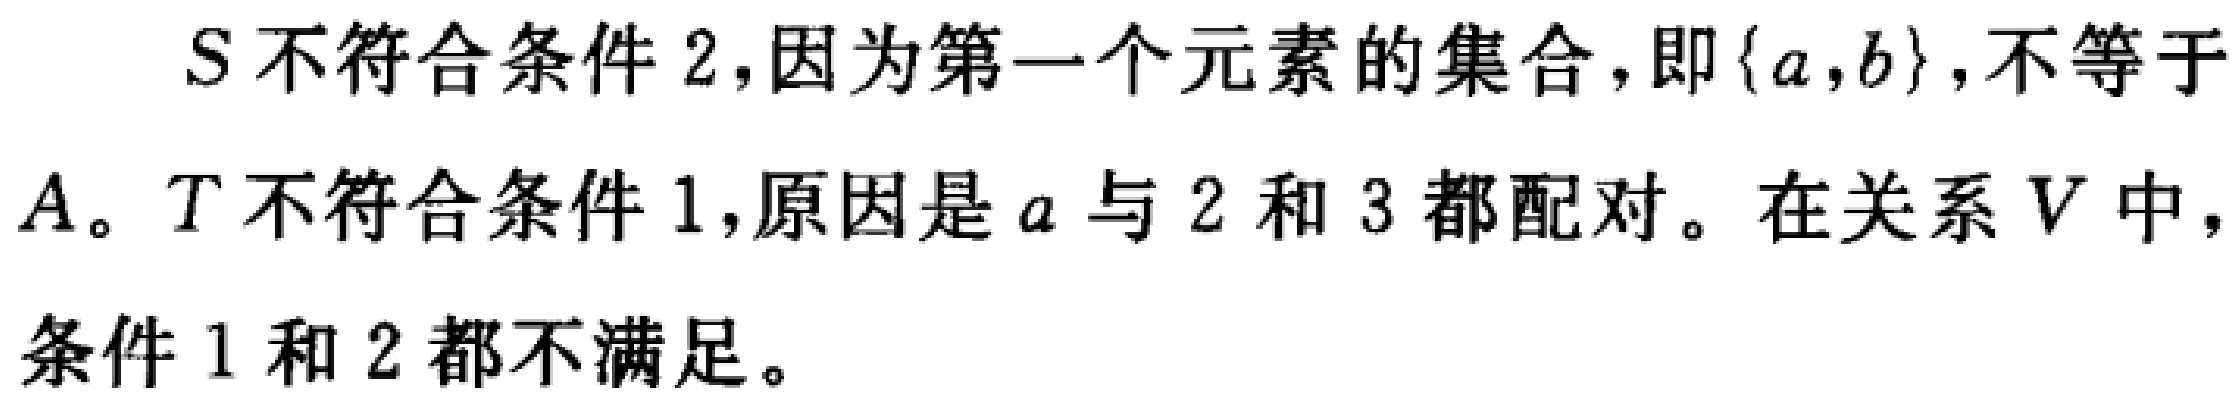
$S$不符合条件2,因为第一个元素的集合,即$\{a,b\}$,不等于$A。T$不符合条件1,原因是$a$与$2$和$3$都配对。在关系$V$中,条件1和2都不满足。